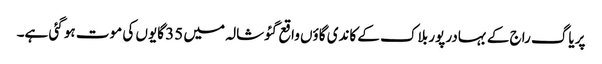
پریاگ راج کے بہادر پور بلاک کے کاندی گاؤں واقع گئوشالہ میں 35 گایوں کی موت ہو گئی ہے۔